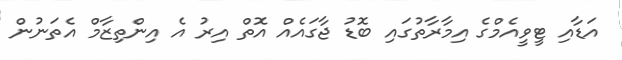
އަޑާއި ޓީވީއެމްގެ އިމާރާތުގައި ބޮޑު ޖާގައެއް އޮތް އިރު އެ އިންތިޒާމް އެތަނުން